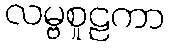
လမ္ဗစူဠကာ